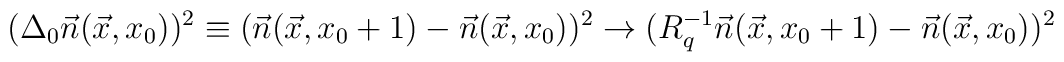
(\Delta_0\vec n(\vec x,x_0))^2 \equiv(\vec n(\vec x,x_0+1) - \vec n(\vec x,x_0))^2\to(R^{-1}_q\vec n(\vec x,x_0+1) - \vec n(\vec x,x_0))^2